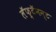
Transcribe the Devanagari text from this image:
लॅफ़्टॅनन्ट